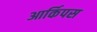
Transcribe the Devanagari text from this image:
आर्किपस